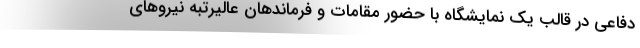
دفاعی در قالب یک نمایشگاه با حضور مقامات و فرماندهان عالیرتبه نیروهای